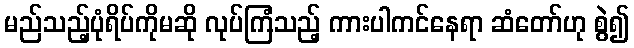
မည်သည့်ပုံရိပ်ကိုမဆို လုပ်ကြံသည့် ကားပါကင်နေရာ ဆံတော်ဟု စွဲ၍